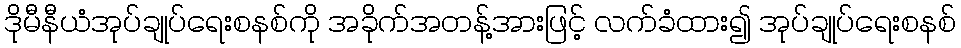
ဒိုမီနီယံအုပ်ချုပ်ရေးစနစ်ကို အခိုက်အတန့်အားဖြင့် လက်ခံထား၍ အုပ်ချုပ်ရေးစနစ်